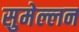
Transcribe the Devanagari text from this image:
सुमेल्लन